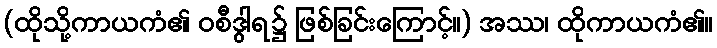
(ထိုသို့ကာယကံ၏ ဝစီဒွါရ၌ ဖြစ်ခြင်းကြောင့်။) အဿ၊ ထိုကာယကံ၏။